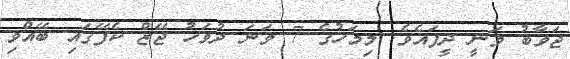
ޖަވާބު ވަނީ ދީފައެވެ. މިމަހުގެ 7 ވަނަ ދުވަހު ޖޭޒް ކެފޭގައި ބޭއްވި